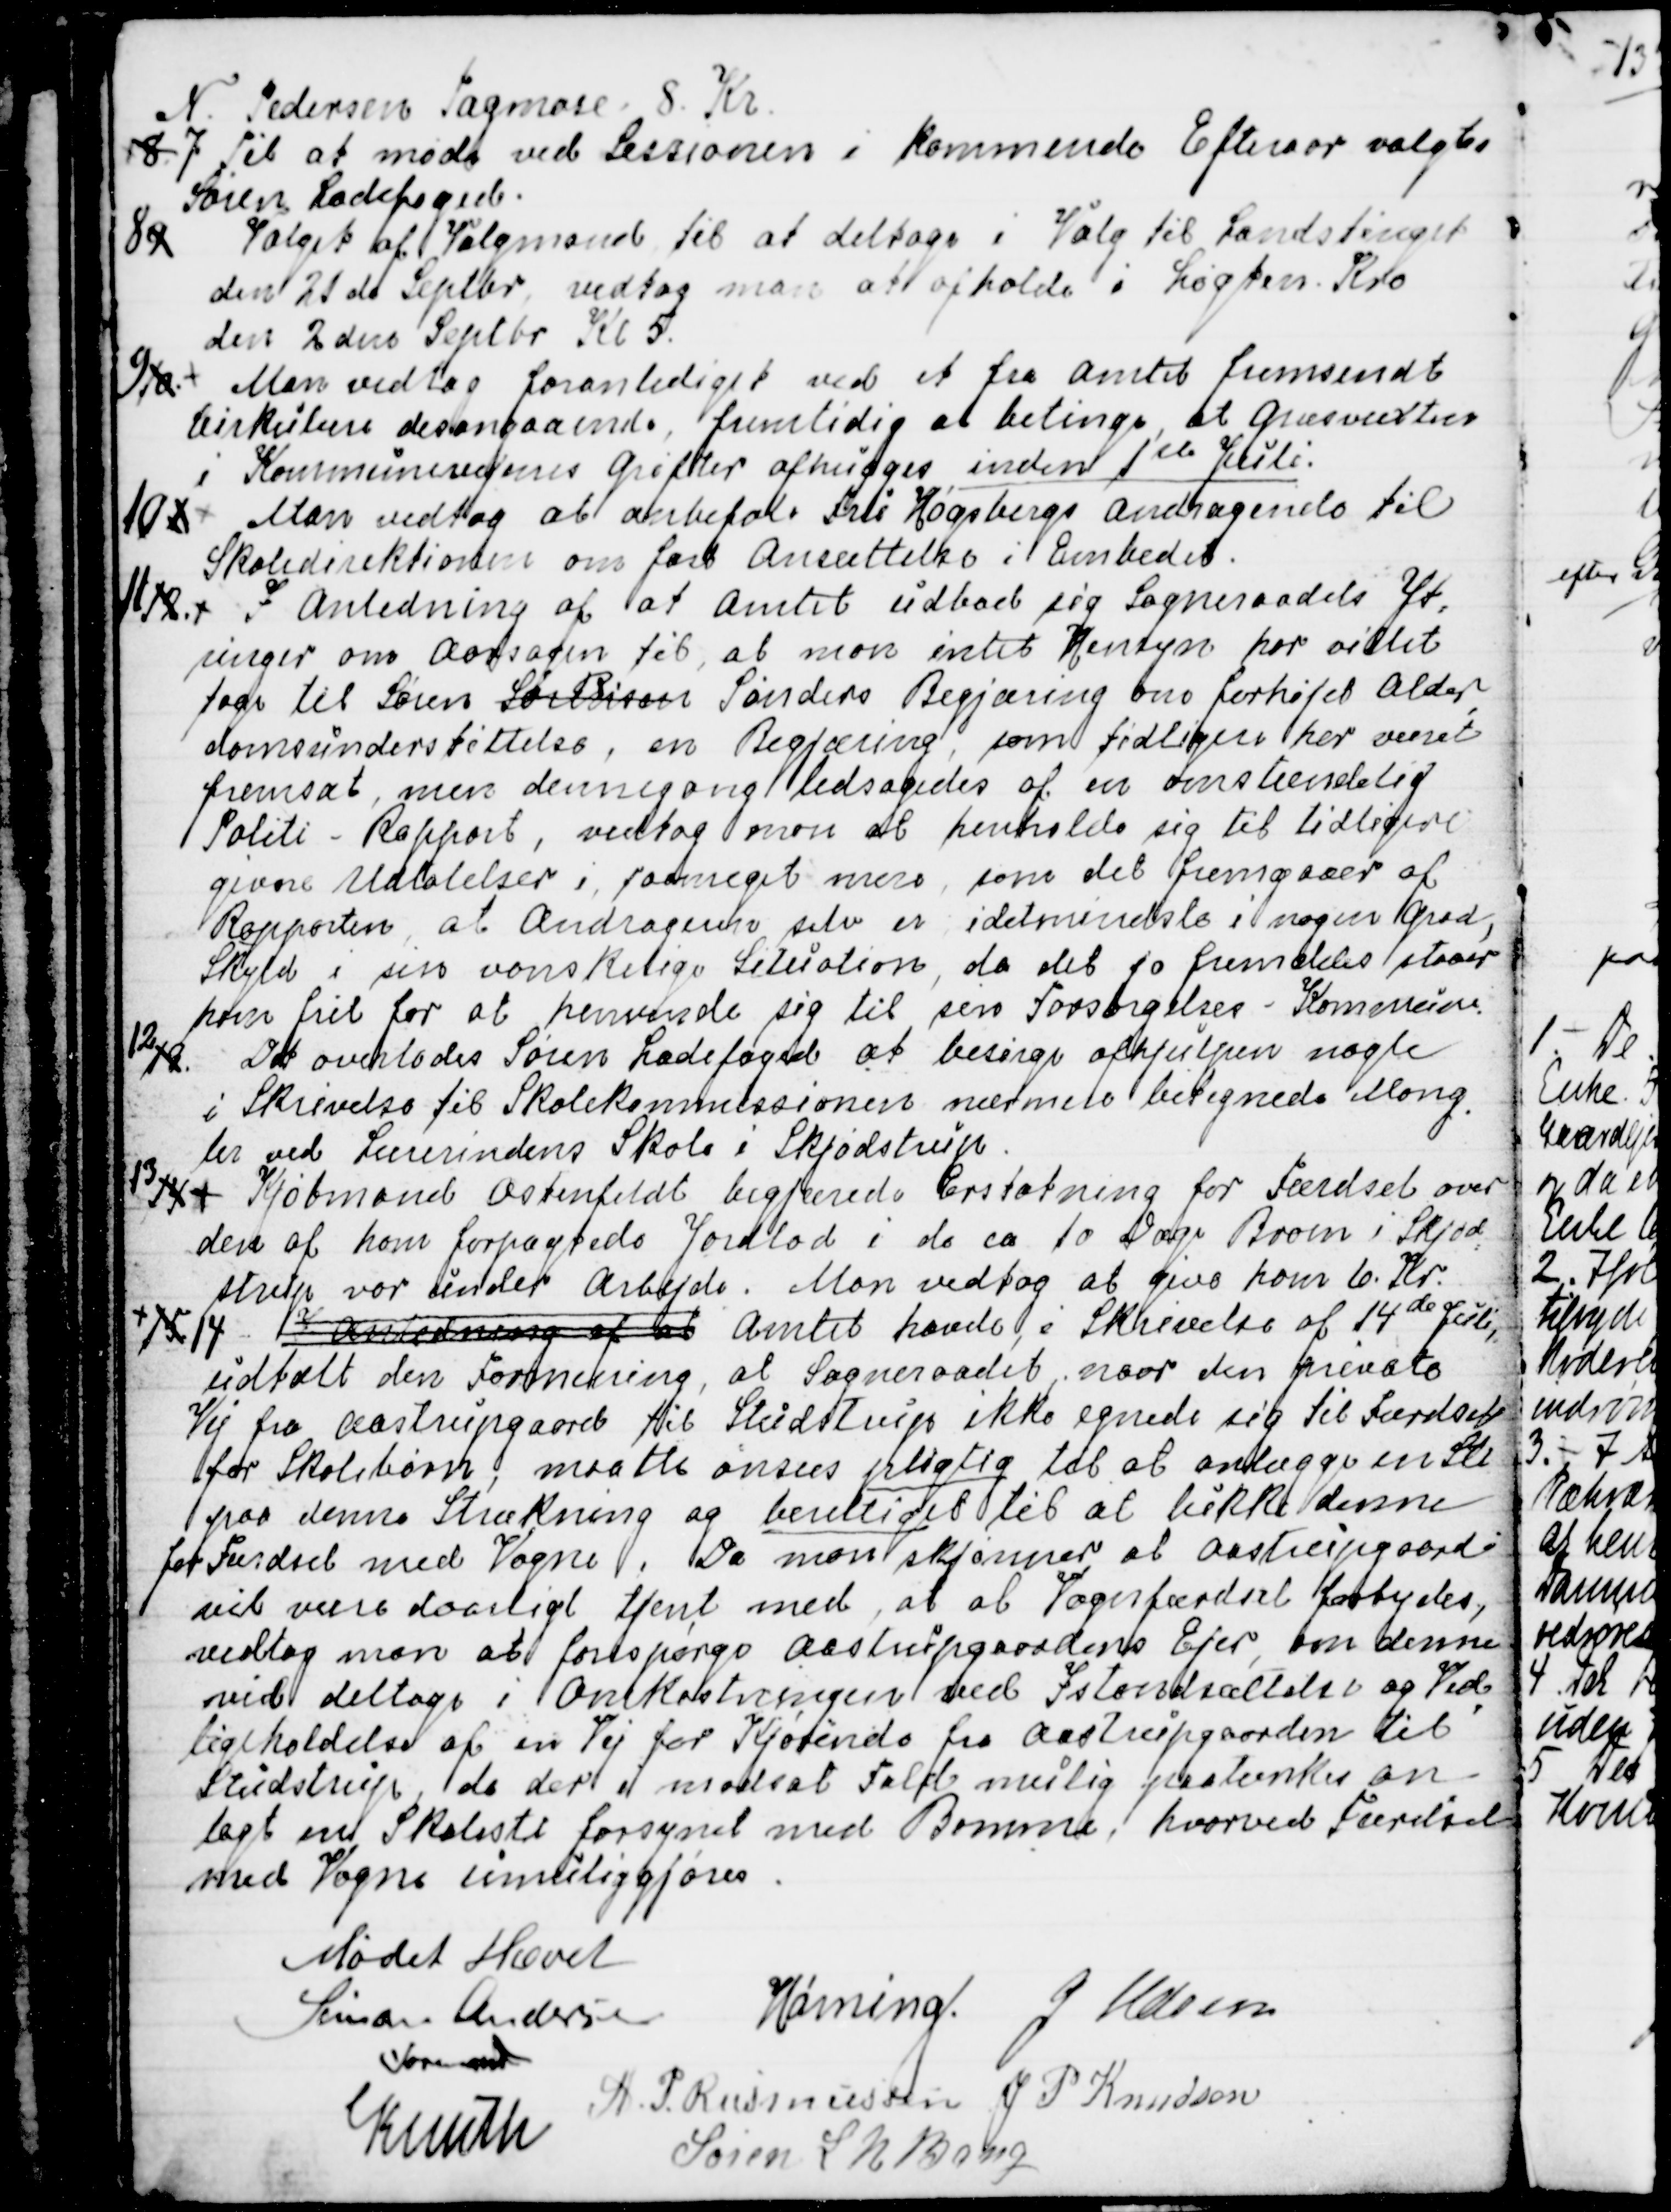
Transskription:
N. Pedersen Tagmose 8. Kr.
8 7. Til at møde ved Sessionen i kommende Efteraar valgtes
Søren Ladefoged.
8 9 Valget af Valgmand til at deltage i Valg til Landstinget
den 21 de Septbr. vedtog man at afholde i Løgten Kro
den 2den Septbr. Kl 5.
9 10.  
Man vedtog foranlediget ved et fra Amtet fremsendt 
Cirkulære desangaaende, fremtidig at betinge, at Græsvæxtser
i Kommunevejenes Grøfter afhugges inden 1 ste Juli.
10 1  
Man vedtog at anbefale Fru Høgsbergs Andragende til
Skoledirektionen om fast Ansættelse i Embedet.
11 12.
I Anledning af at Amtet udbad sig Sogneraadets Yt=
ringer om Aarsagen til, at man intet Hensyn har villet
tage til Søren Sørensen 
R
Sønders Begjæring om forhøjet Alder
=
domsunderstøttelse, en Begjæring, som tidligere har været
fremsat, men dennegang ledsagedes af en omstændelig
Politi - Rapport, vedtog man at henholde sig til tidligere
givne Udtalelser i, saameget mere, som det fremgaaer af
Rapporten, at Andrageren selv er idetmindste i nogen Grad,
Skyld i sin vanskelige Situation, da det jo fremdeles staaer
ham frit for at henvende sig til sin Forsørgelses-Kommune.
12 13. Det overlodes Søren Ladefoged at besørge afhjulpen nogle
i Skrivelse fra Skolekommissionen nærmere betegnede Mang
=
ler ved Lærerindens Skole i Skjødstrup.
13 14  
 Kjøbmand Ostenfeldt begjærede Erstatning for Færdsel over
den af ham forpagtede Jordlod i de ca 10 Dage Broen i Skjød
=
strup vor under Arbejde. Man vedtog at give ham 6. Kr.
15 14 
 I Anledning af at  Amtet havde i Skrivelse af 14de Juli,
udtalt den Formening, at Sogneraadet, naar den private
Vej fra Aastrupgaard til Studstrup ikke egnede sig til Færdsel
for Skolebørn, maatte anses pligtig til at anlægge en Sti
paa denne Strækning og berettiget til at lukke denne
for Færdsel med Vogne . Da man skjønner at Aastrupgard
vil være daarligt tjent med, at al Vognfærdsel forbydes,
vedtog man at forespørge Aastrupgaardens Ejer, om denne
vil deltage i Omkostningen ved Istandsættelse og Ved
=
ligeholdelse af en Vej for Kjørende fra Aastrupgaarden til
Studstrup, da der i modsat Fald mulig paatænkes an=
lagt en Skolesti forsynet med Bomme, hvorved Færdsel
med Vogne umuliggjøres.
 Mødet Hævet
Simon Andersen
Formand
Hørning.
J Udsen
A. P. Rasmussen  J.P. Knudsen
Knuth
Søren L N Bang